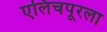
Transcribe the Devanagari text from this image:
एलिचपूरला